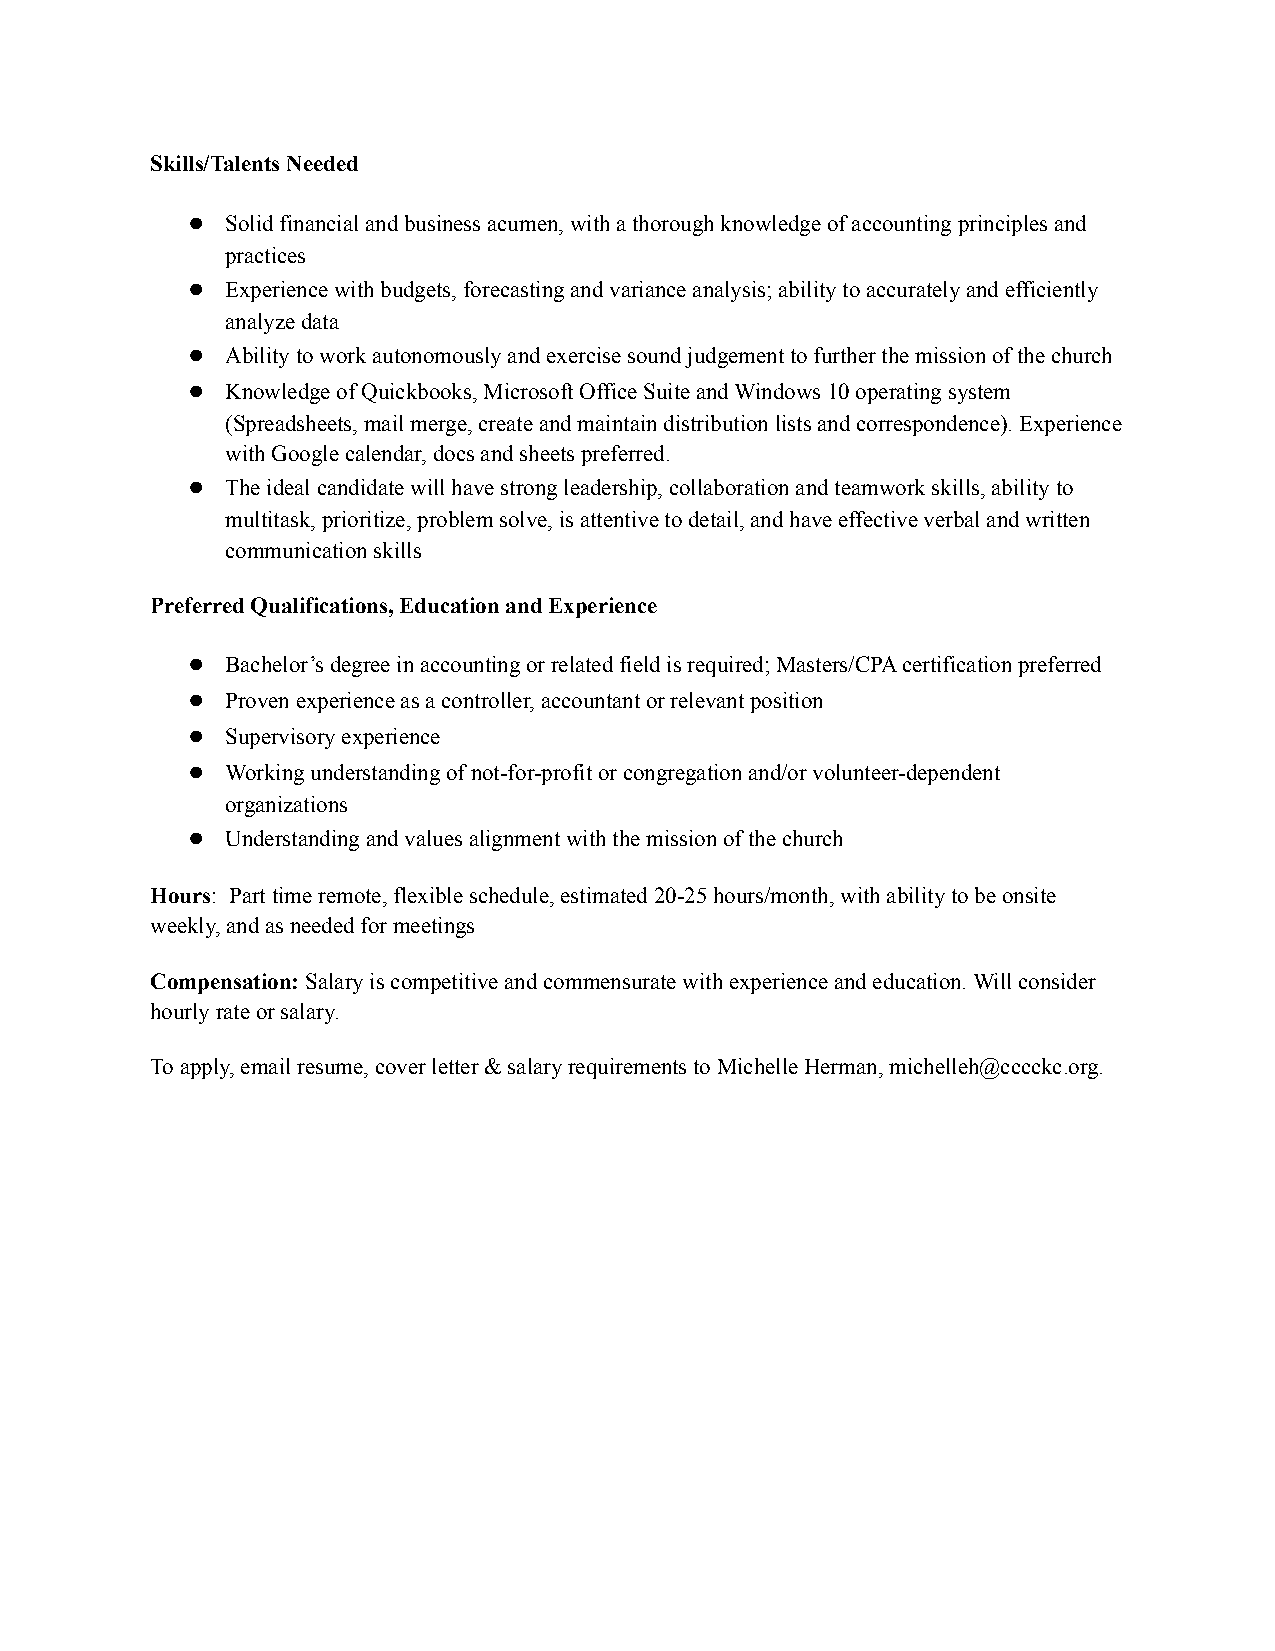
Skills/Talents Needed
 ●  Solid financial and business acumen, with a thorough knowledge of accounting principles and
 practices
 ●  Experience with budgets, forecasting and variance analysis; ability to accurately and efficiently
 analyze data
 ●  Ability to work autonomously and exercise sound judgement to further the mission of the church
 ●  Knowledge of Quickbooks, Microsoft Office Suite and Windows 10 operating system
 (Spreadsheets, mail merge, create and maintain distribution lists and correspondence). Experience
 with Google calendar, docs and sheets preferred.
 ●  The ideal candidate will have strong leadership, collaboration and teamwork skills, ability to
 multitask, prioritize, problem solve, is attentive to detail, and have effective verbal and written
 communication skills
 Preferred Qualifications, Education and Experience
 ●  Bachelor’s degree in accounting or related field is required; Masters/CPA certification preferred
 ●  Proven experience as a controller, accountant or relevant position
 ●  Supervisory experience
 ●  Working understanding of not-for-profit or congregation and/or volunteer-dependent
 organizations
 ●  Understanding and values alignment with the mission of the church
 Hours: Part time remote, flexible schedule, estimated20-25 hours/month, with ability to be onsite
 weekly, and as needed for meetings
 Compensation: Salary is competitive and commensuratewith experience and education. Will consider
 hourly rate or salary.
 To apply, email resume, cover letter & salary requirements to Michelle Herman, michelleh@cccckc.org.